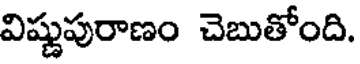
విష్ణుపురాణం చెబుతోంది.